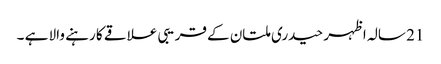
21 سالہ اظہر حیدری ملتان کے قریبی علاقے کا رہنے والا ہے ۔